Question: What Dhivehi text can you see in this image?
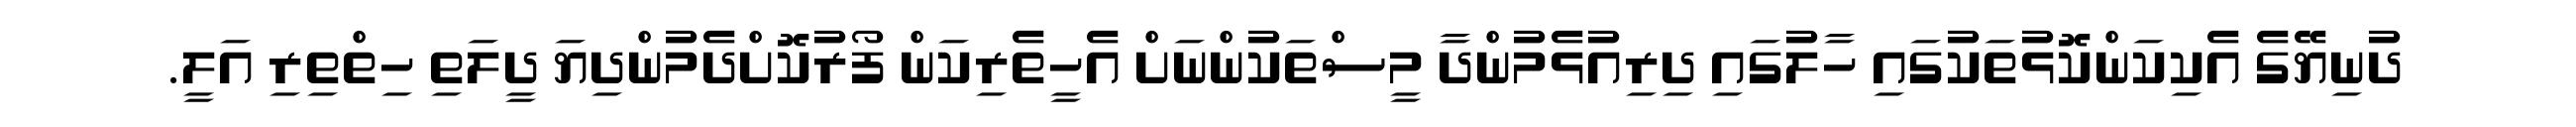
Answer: ދުނިޔޭގެ އެކިކަންކޮޅުތަކުގައި ހާލުގައި ދިރިއުޅެމުންދާ މީސްތަކުންނަށް އެހީތެރިކަން ފޯރުކޮށްދެމުންދިޔަ ދީލަތި ހިތްތިރި އަލީ.